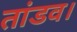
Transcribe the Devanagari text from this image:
तांडव।